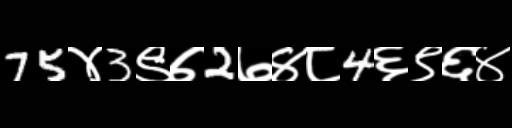
Text: 75४3९७2७४८4६९६४